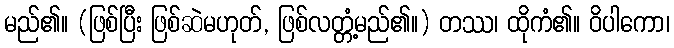
မည်၏။ (ဖြစ်ပြီး ဖြစ်ဆဲမဟုတ်, ဖြစ်လတ္တံ့မည်၏။) တဿ၊ ထိုကံ၏။ ဝိပါကော၊